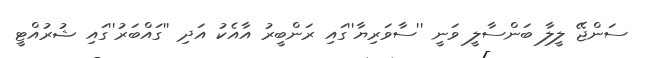
ސަންޖޭ ލީލާ ބަންސާލީ ވަނީ ''ސާވަރިޔާ''ގައި ރަންބީރު އާއެކު އަދި ''ގައްބަރު''ގައި ޝުރުއްޓީ